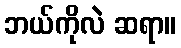
ဘယ်ကိုလဲ ဆရာ။